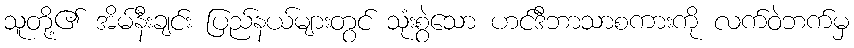
သူတို့၏ အိမ်နီးချင်း ပြည်နယ်များတွင် သုံးစွဲသော ဟင်ဒီဘာသာစကားကို လက်ဝဲဘက်မှ